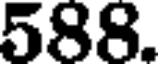
588.